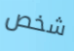
شخص